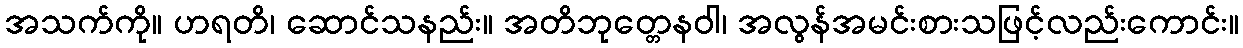
အသက်ကို။ ဟရတိ၊ ဆောင်သနည်း။ အတိဘုတ္တေနဝါ၊ အလွန်အမင်းစားသဖြင့်လည်းကောင်း။